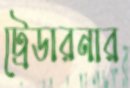
ট্রেডারনার